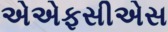
એએફસીએસ